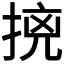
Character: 𭡛